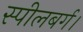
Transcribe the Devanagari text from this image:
स्पीलबर्ग।